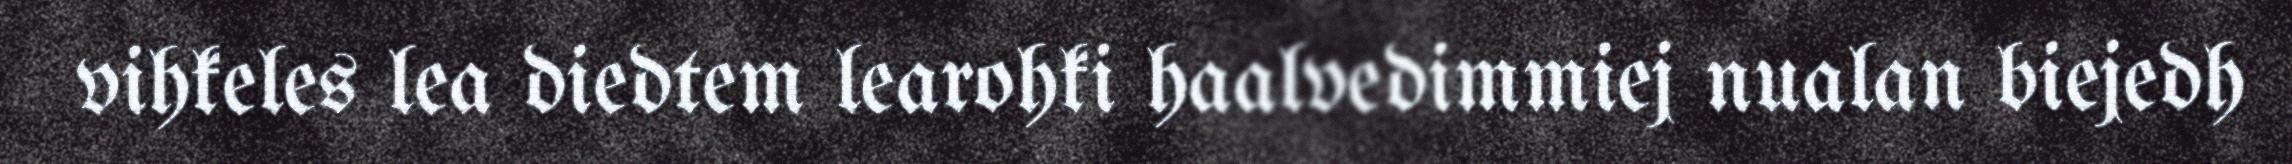
vihkeles lea diedtem learohki haalvedimmiej nualan biejedh